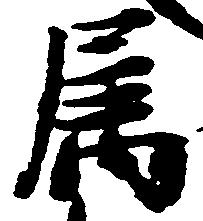
属